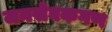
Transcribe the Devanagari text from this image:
जनसेवकगण